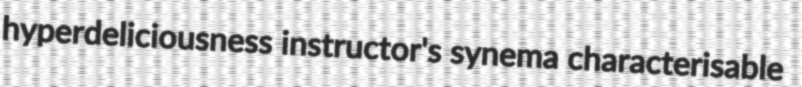
hyperdeliciousness instructor's synema characterisable